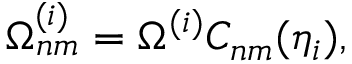
\Omega _ { n m } ^ { ( i ) } = \Omega ^ { ( i ) } C _ { n m } ( \eta _ { i } ) ,